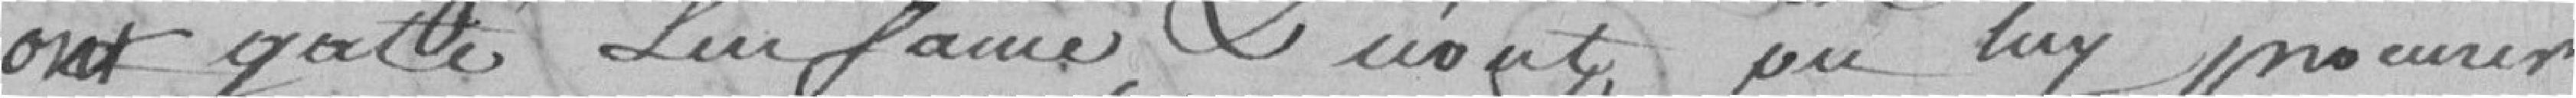
ont gâté l'enfance et n'ont pu lui procurer